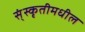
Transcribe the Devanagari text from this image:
स्ंस्कृतीमधील